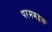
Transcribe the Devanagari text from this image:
परमभट्टक